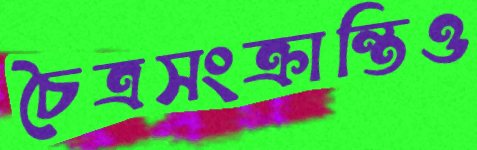
চৈত্রসংক্রান্তিও